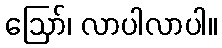
ဩော်၊ လာပါလာပါ။